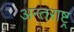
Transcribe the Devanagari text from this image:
अन्तराष्ट्र